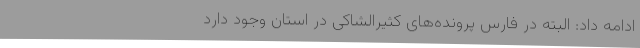
ادامه داد: البته در فارس پرونده‌های کثیرالشاکی در استان وجود دارد